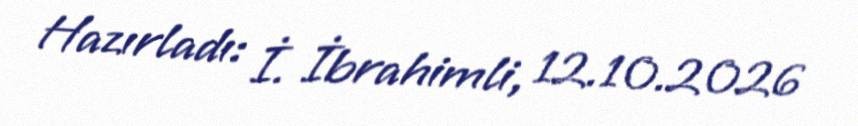
Hazırladı: İ. İbrahimli, 12.10.2026